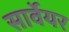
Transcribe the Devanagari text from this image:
सार्वेयर